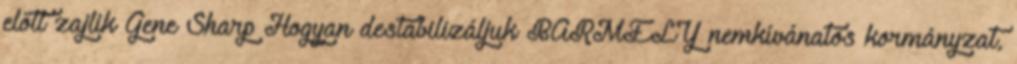
előtt zajlik Gene Sharp Hogyan destabilizáljuk BÁRMELY nemkívánatos kormányzat,